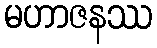
မဟာဇနဿ